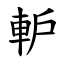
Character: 䡎